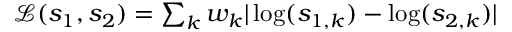
\begin{array} { r } { \mathcal { L } ( s _ { 1 } , s _ { 2 } ) = \sum _ { k } w _ { k } | \log ( s _ { 1 , k } ) - \log ( s _ { 2 , k } ) | } \end{array}